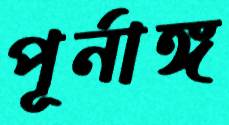
পূর্নাঙ্গ